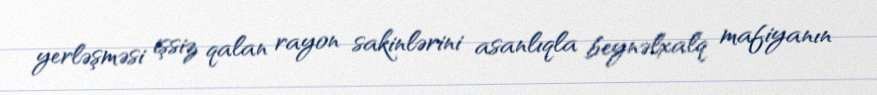
yerləşməsi işsiz qalan rayon sakinlərini asanlıqla beynəlxalq mafiyanın